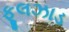
ફૂલઝાડ